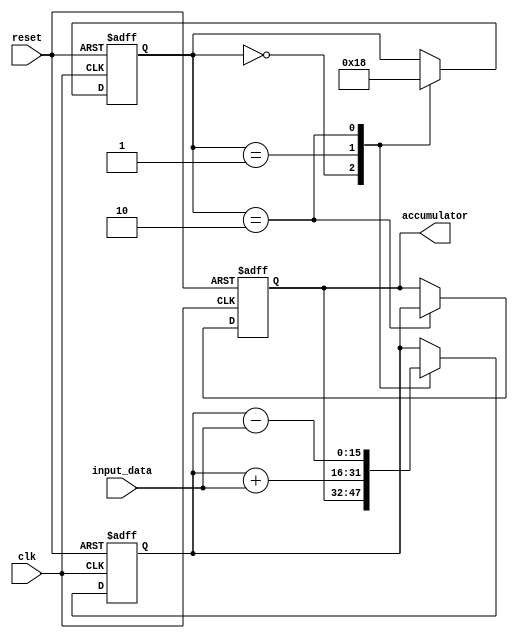
module FixedPointAccumulator (
    input wire [N-1:0] input_data, // input data
    input wire clk, // clock signal
    input wire reset, // reset signal
    output reg [M-1:0] accumulator // accumulator value
);

reg [M-1:0] accumulator_temp; // temporary accumulator value
reg [1:0] state; // state variable for addition and subtraction
reg [1:0] rounding_bits; // round bits for fixed-point arithmetic

parameter N = 8; // number of bits for input data
parameter M = 16; // number of bits for accumulator value
parameter I = 8; // number of integer bits for fixed-point numbers
parameter F = 8; // number of fractional bits for fixed-point numbers

always @(posedge clk or posedge reset) begin
    if (reset) begin
        accumulator_temp <= 0;
        accumulator <= 0;
        state <= 2'b00;
        rounding_bits <= 2'b00;
    end else begin
        case (state)
            2'b00: begin // idle state
                accumulator_temp <= accumulator;
                state <= 2'b01;
            end
            2'b01: begin // addition state
                accumulator_temp <= accumulator_temp + input_data;
                state <= 2'b10;
            end
            2'b10: begin // subtraction state
                accumulator_temp <= accumulator_temp - input_data;
                state <= 2'b00;
                accumulator <= accumulator_temp;
            end
        endcase
    end
end

endmodule